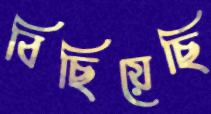
বিছিয়েছি